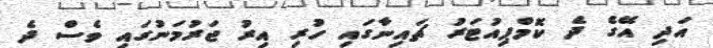
އަދި އޭގެ ދެ ކޮމްޕިއުޓަރު ޗައިނާގައި ހުރި އިރު ޖަރުމަނުގައި ވެސް ދެ